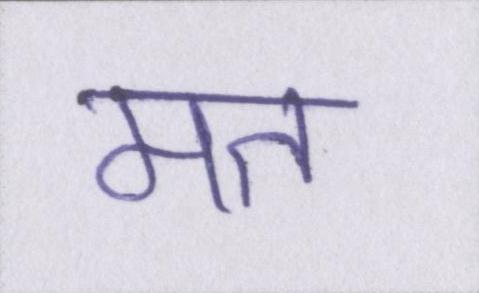
मत